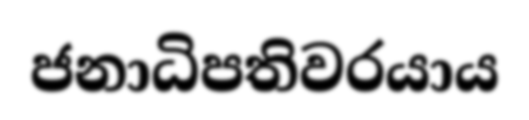
ජනාධිපතිවරයාය